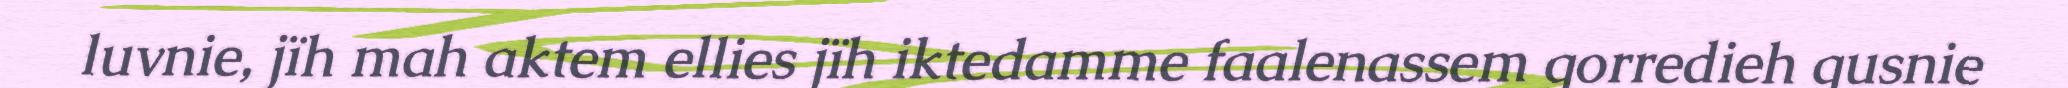
luvnie, jïh mah aktem ellies jïh iktedamme faalenassem gorredieh gusnie